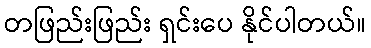
တဖြည်းဖြည်း ရှင်းပေ နိုင်ပါတယ်။